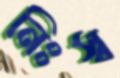
নিঃস্ব